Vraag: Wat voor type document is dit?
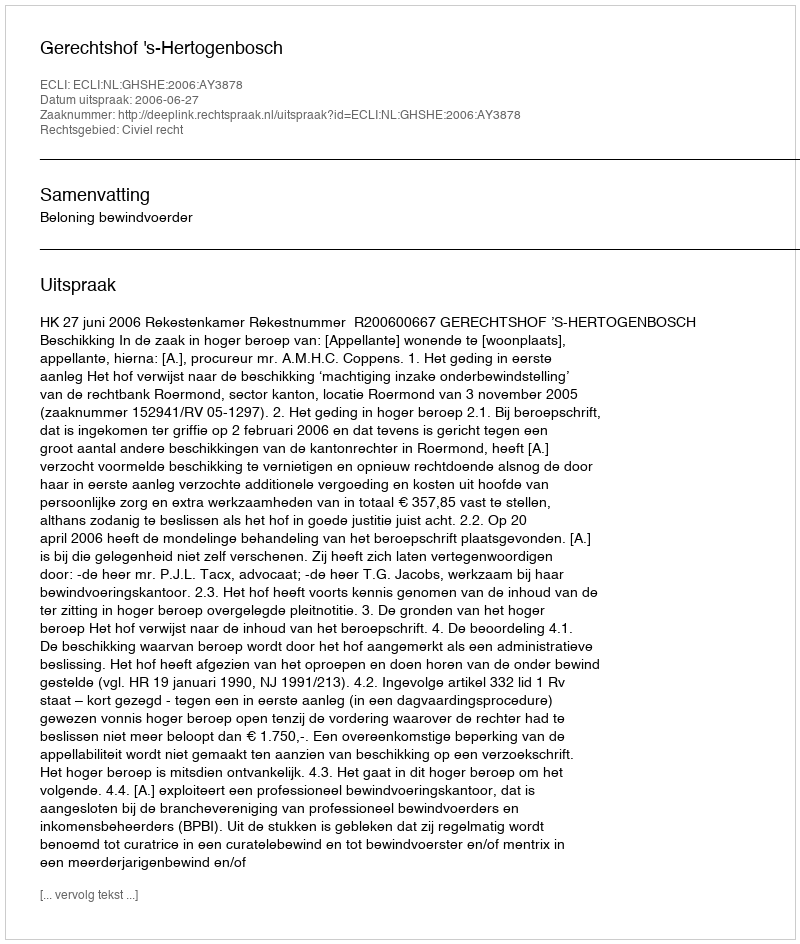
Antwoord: Uitspraak